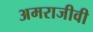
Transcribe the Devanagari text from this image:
अमराजीवी